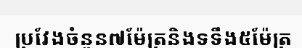
ប្រវែងចំនួន៧ម៉ែត្រនិងទទឹង៥ម៉ែត្រ